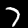
Label: 7